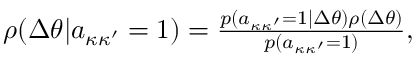
\begin{array} { r } { \rho ( \Delta \theta | a _ { \kappa \kappa ^ { \prime } } = 1 ) = \frac { p ( a _ { \kappa \kappa ^ { \prime } } = 1 | \Delta \theta ) \rho ( \Delta \theta ) } { p ( a _ { \kappa \kappa ^ { \prime } } = 1 ) } , } \end{array}